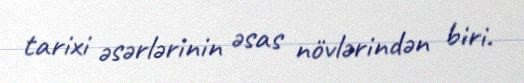
tarixi əsərlərinin əsas növlərindən biri.